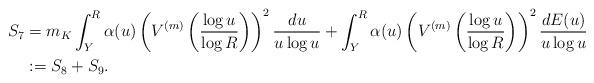
LaTeX: \begin{align*} S_7 &=m_K \int_{Y}^R \alpha(u)\left( V^{(m)}\left(\frac{\log u}{\log R}\right)\right)^2 \frac{du}{u\log u}+ \int_{Y}^R \alpha(u)\left( V^{(m)}\left(\frac{\log u}{\log R}\right)\right)^2 \frac{dE(u)}{u\log u}\\&:=S_8+S_9. \end{align*}